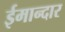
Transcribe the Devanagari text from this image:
ईमान्दार